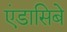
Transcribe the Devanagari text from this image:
एंडासिबे